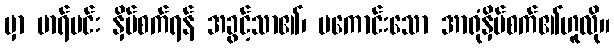
မှာ မာရ်မင်း နှိပ်စက်ရန် အခွင့်သာ၏၊ မကောင်းသော အာရုံနှိပ်စက်၏ဟူလို။